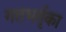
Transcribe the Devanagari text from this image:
गतभर्तृका